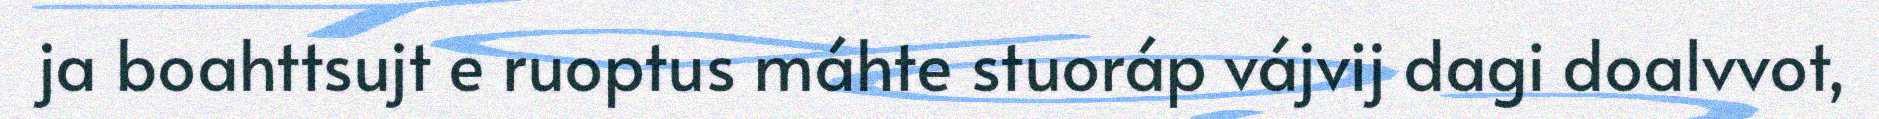
ja boahttsujt e ruoptus máhte stuoráp vájvij dagi doalvvot,